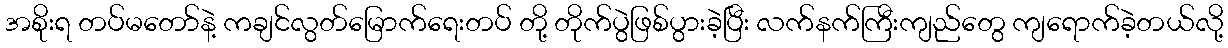
အစိုးရ တပ်မတော်နဲ့ ကချင်လွတ်မြောက်ရေးတပ် တို့ တိုက်ပွဲဖြစ်ပွားခဲ့ပြီး လက်နက်ကြီးကျည်တွေ ကျရောက်ခဲ့တယ်လို့